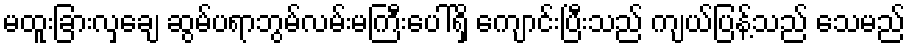
မထူးခြားလှချေ ဆွမ်ပရာဘွမ်လမ်းမကြီးပေါ်ရှိ ကျောင်းပြီးသည် ကျယ်ပြန့်သည် သေမည်